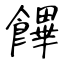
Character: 饆